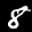
Label: 8